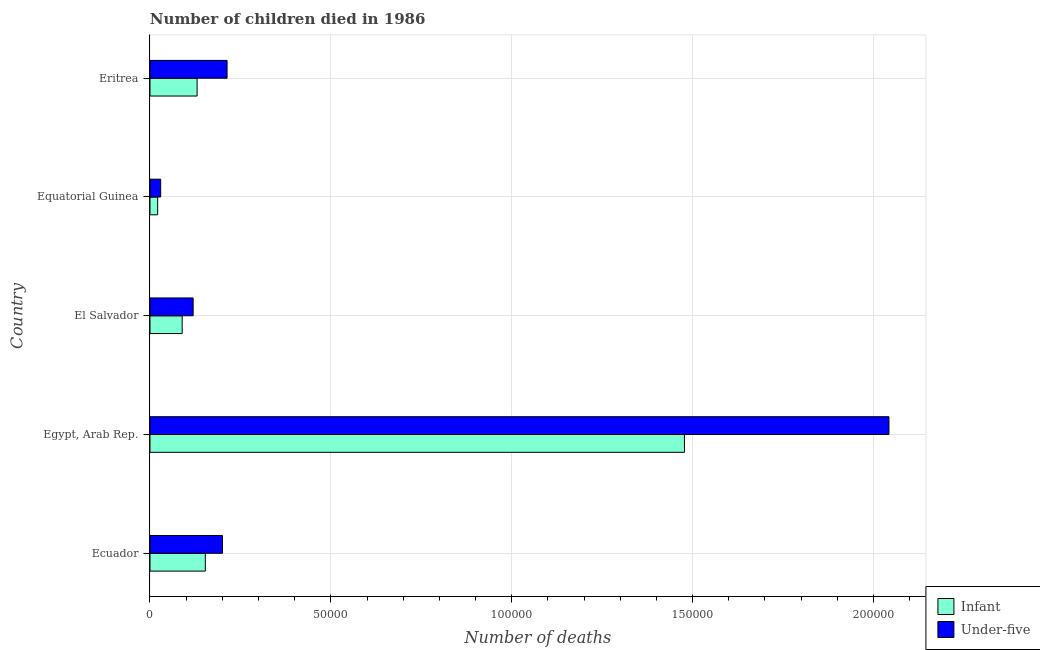
| Country | Infant | Under-five |
 | --- | --- | --- |
 | Ecuador | 1.53e+04 | 2e+04 |
 | Egypt, Arab Rep. | 1.48e+05 | 2.04e+05 |
 | El Salvador | 8.9e+03 | 1.19e+04 |
 | Equatorial Guinea | 2.12e+03 | 2.96e+03 |
 | Eritrea | 1.3e+04 | 2.13e+04 |